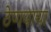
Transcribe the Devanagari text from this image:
ठेणयाचा